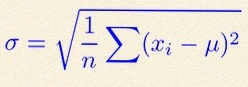
\sigma=\sqrt{\frac1n\sum(x_i-\mu)^2}